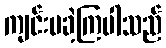
ကျင်းပခဲ့ကြပါသည်